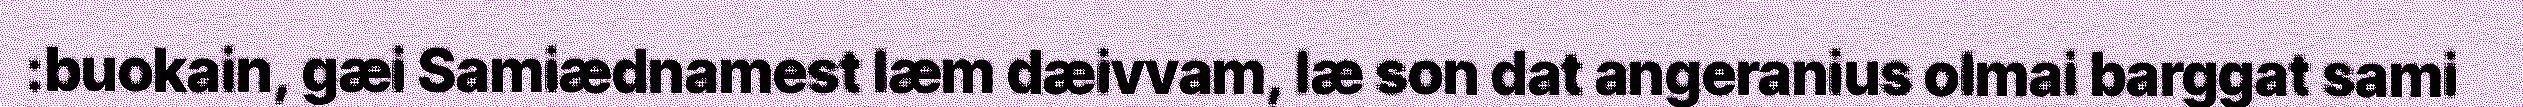
:buokain, gæi Samiædnamest læm dæivvam, læ son dat angeranius olmai barggat sami